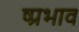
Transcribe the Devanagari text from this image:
ष्प्रभाव